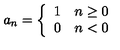
a _ { n } = \left\{ \begin{array} { l r } { 1 } & { n \ge 0 } \\ { 0 } & { n < 0 } \\ \end{array} \right.